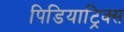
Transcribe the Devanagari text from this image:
पिडियाट्रिक्स